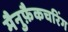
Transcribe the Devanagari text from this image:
मैनुफ़ैकचरिंग